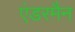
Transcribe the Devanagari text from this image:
एंडरमैन